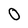
Character: O